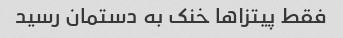
فقط پیتزاها خنک به دستمان رسید